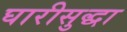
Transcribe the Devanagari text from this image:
घारीसुद्धा